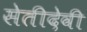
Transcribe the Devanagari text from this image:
सेतीदेवी